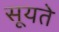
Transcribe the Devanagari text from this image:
सूयते